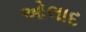
ઓલાદ